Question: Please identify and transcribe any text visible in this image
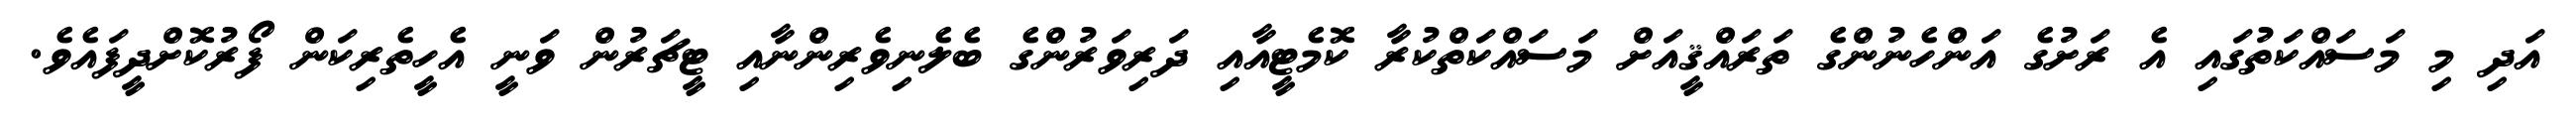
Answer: އަދި މި މަސައްކަތުގައި އެ ރަށުގެ އަންހެނުންގެ ތަރައްޤީއަށް މަސައްކަތްކުރާ ކޮމެޓީއާއި ދަރިވަރުންގެ ބެލެނިވެރިންނާއި ޓީޗަރުން ވަނީ އެހީތެރިކަން ފޯރުކޮށްދީފައެވެ.